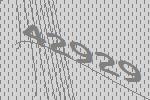
42929